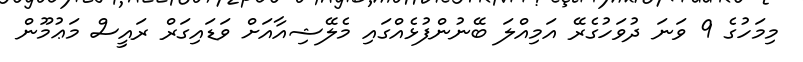
މިމަހުގެ 9 ވަނަ ދުވަހުގެރޭ އަމިއްލަ ބޭނުންފުޅެއްގައި މެލޭޝިއާއަށް ވަޑައިގަރް ރައީސް މަޢުމޫން